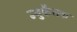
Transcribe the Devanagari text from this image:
न्युकैसक